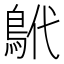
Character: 鴏